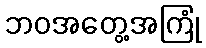
ဘဝအတွေ့အကြုံ